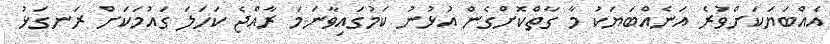
އެއްބަޔަކަށްވުރެ އަނެއްބަޔަކު މާ ގާތްކޮށްގެން އުޅުނު ކަމުގައިވާނަމަ ރާއްޖެ ކަހަލަ ގައުމަކަށް ރަނގަޅު